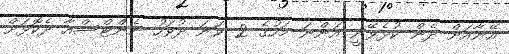
އޭނާއަށް ދެން ކުޅެވޭނީ އަންނަ މަހުގެ 2 ވަނަ ދުވަހު ނެންޓްސްއާ ދެކޮޅަށް